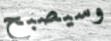
وسيصبح